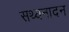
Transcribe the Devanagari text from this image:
सथ्यनादन